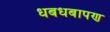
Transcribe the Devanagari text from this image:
धबधबापण